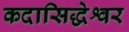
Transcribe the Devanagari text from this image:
कदासिद्धेश्वर